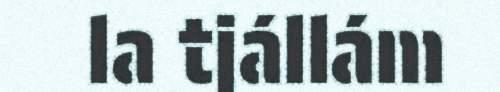
la tjállám